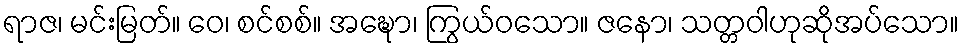
ရာဇ၊ မင်းမြတ်။ ဝေ၊ စင်စစ်။ အဍ္ဎော၊ ကြွယ်ဝသော။ ဇနော၊ သတ္တဝါဟုဆိုအပ်သော။